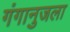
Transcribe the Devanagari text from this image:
गंगानुजला